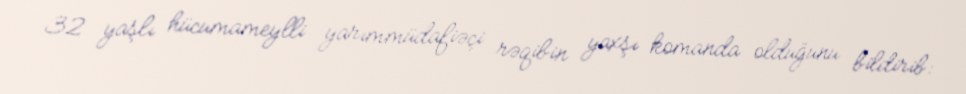
32 yaşlı hücumameylli yarımmüdafiəçi rəqibin yaxşı komanda olduğunu bildirib: